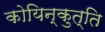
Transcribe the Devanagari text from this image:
कोयिन्कुत्ति